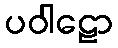
ပဝါဠော